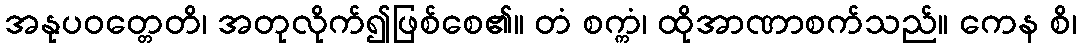
အနုပဝတ္တေတိ၊ အတုလိုက်၍ဖြစ်စေ၏။ တံ စက္ကံ၊ ထိုအာဏာစက်သည်။ ကေန စိ၊